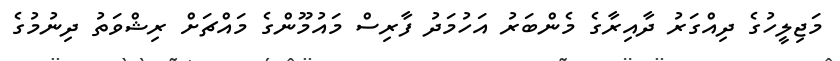
މަޖިލީހުގެ ދިއްގަރު ދާއިރާގެ މެންބަރު އަހުމަދު ފާރިސް މައުމޫންގެ މައްޗަށް ރިޝްވަތު ދިނުމުގެ